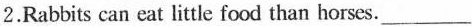
2.Rabbits can eat little food than horses. ___